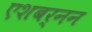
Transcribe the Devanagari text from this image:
एशबर्नन